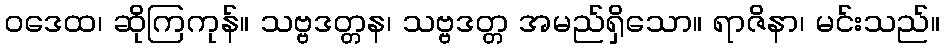
ဝဒေထ၊ ဆိုကြကုန်။ သဗ္ဗဒတ္တန၊ သဗ္ဗဒတ္တ အမည်ရှိသော။ ရာဇိနာ၊ မင်းသည်။